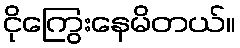
ငိုကြွေးနေမိတယ်။